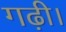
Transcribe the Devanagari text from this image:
गढ़ी।